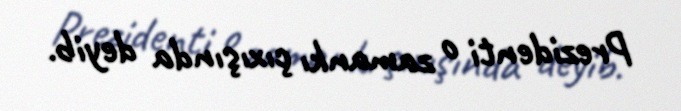
Prezidenti o zamankı çıxışında deyib.